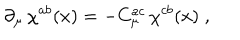
\partial _ { \mu } \, \chi ^ { a b } ( x ) = - C _ { \mu } ^ { a c } \, \chi ^ { c b } ( x ) \; ,